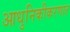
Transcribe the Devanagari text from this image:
आधुनिकीकरणात